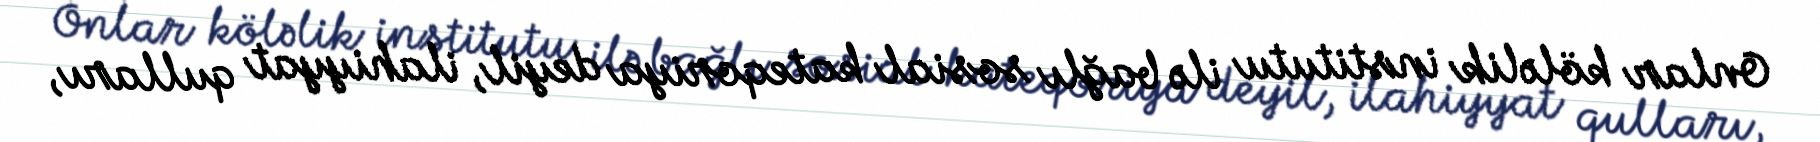
Onlar köləlik institutu ilə bağlı sosial kateqoriya deyil, ilahiyyat qulları,